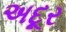
અદૂર